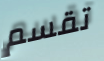
تقسم